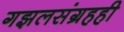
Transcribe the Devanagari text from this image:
गझलसंग्रहही